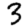
Digit: 3